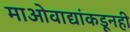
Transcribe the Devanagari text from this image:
माओवाद्यांकडूनही